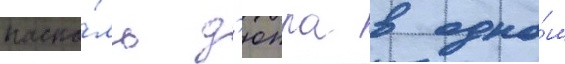
паска́ль д'юпра в одно́м